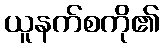
ယူနက်စကို၏